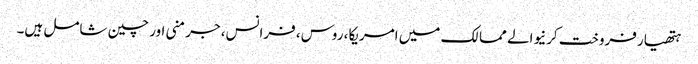
ہتھیار فروخت کرنیوالے ممالک میں امریکا، روس، فرانس، جرمنی اور چین شامل ہیں۔